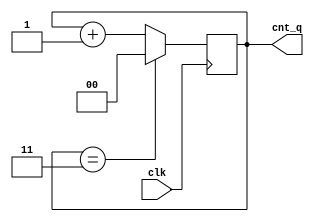
`timescale 1ns / 1ps
//////////////////////////////////////////////////////////////////////////////////
// Company: 
// Engineer: 
// 
// Design Name: 
// Module Name: refresh_counter
// Project Name: 
// Target Devices: 
// Tool Versions: 
// Description: 
// 
// Dependencies: 
// 
// Revision:
// Revision 0.01 - File Created
// Additional Comments:
// 
//////////////////////////////////////////////////////////////////////////////////


module refresh_counter(
    input clk, 
    output reg [1:0] cnt_q = 0
    );
    reg[1:0] cnt_d = 0;
    
    always @(posedge clk)
    begin
        if(cnt_d == 2'b11)
            cnt_d = 2'b0;
        else
            cnt_d = cnt_d + 1'b1;
            cnt_q <= cnt_d;
    end
endmodule